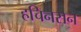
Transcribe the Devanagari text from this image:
हचिनसन